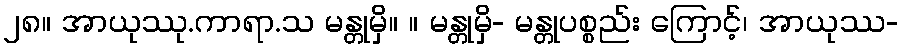
၂၈။ အာယုဿု.ကာရာ.သ မန္တုမှိ။ ။ မန္တုမှိ- မန္တုပစ္စည်း ကြောင့်၊ အာယုဿ-